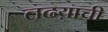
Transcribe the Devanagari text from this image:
लढय़ाची